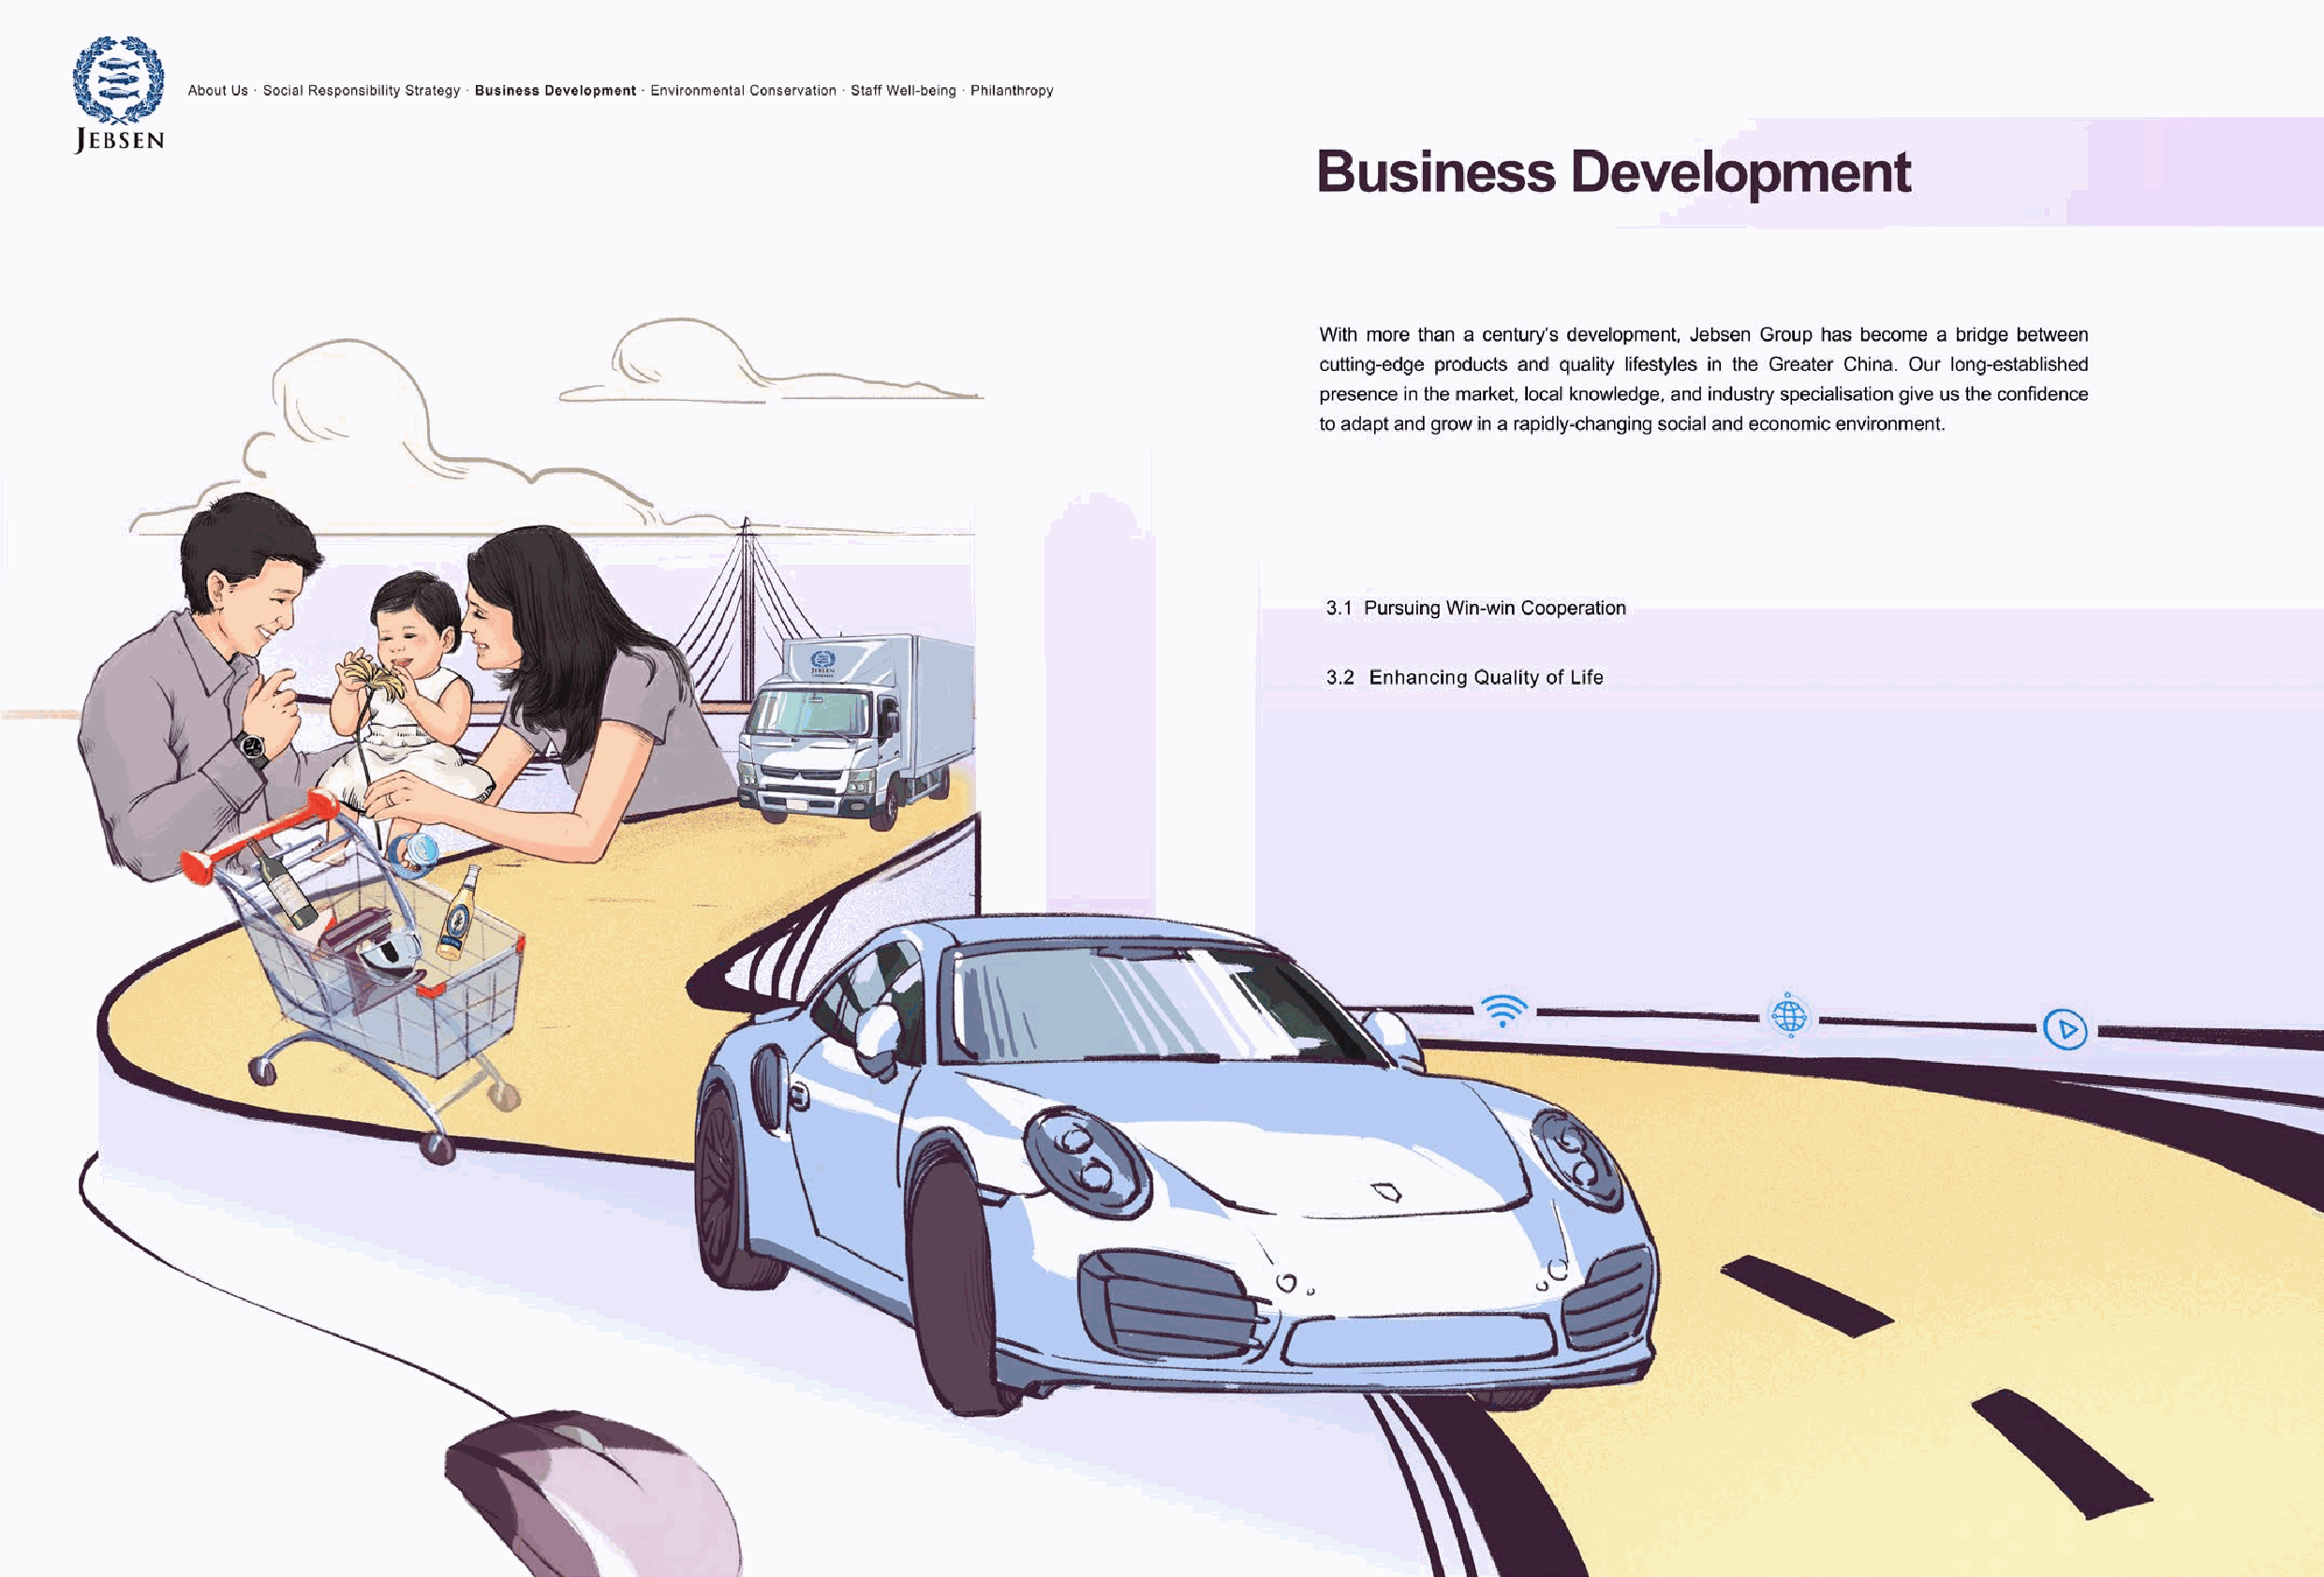
25   Pursuing Win-win Cooperation Enhancing Quality of Life                                                               Jebsen Group Corporate Social Responsibility Report 2018 << 26